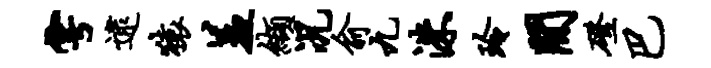
雩逮猿羞缬况俞九洙玲间磴巴